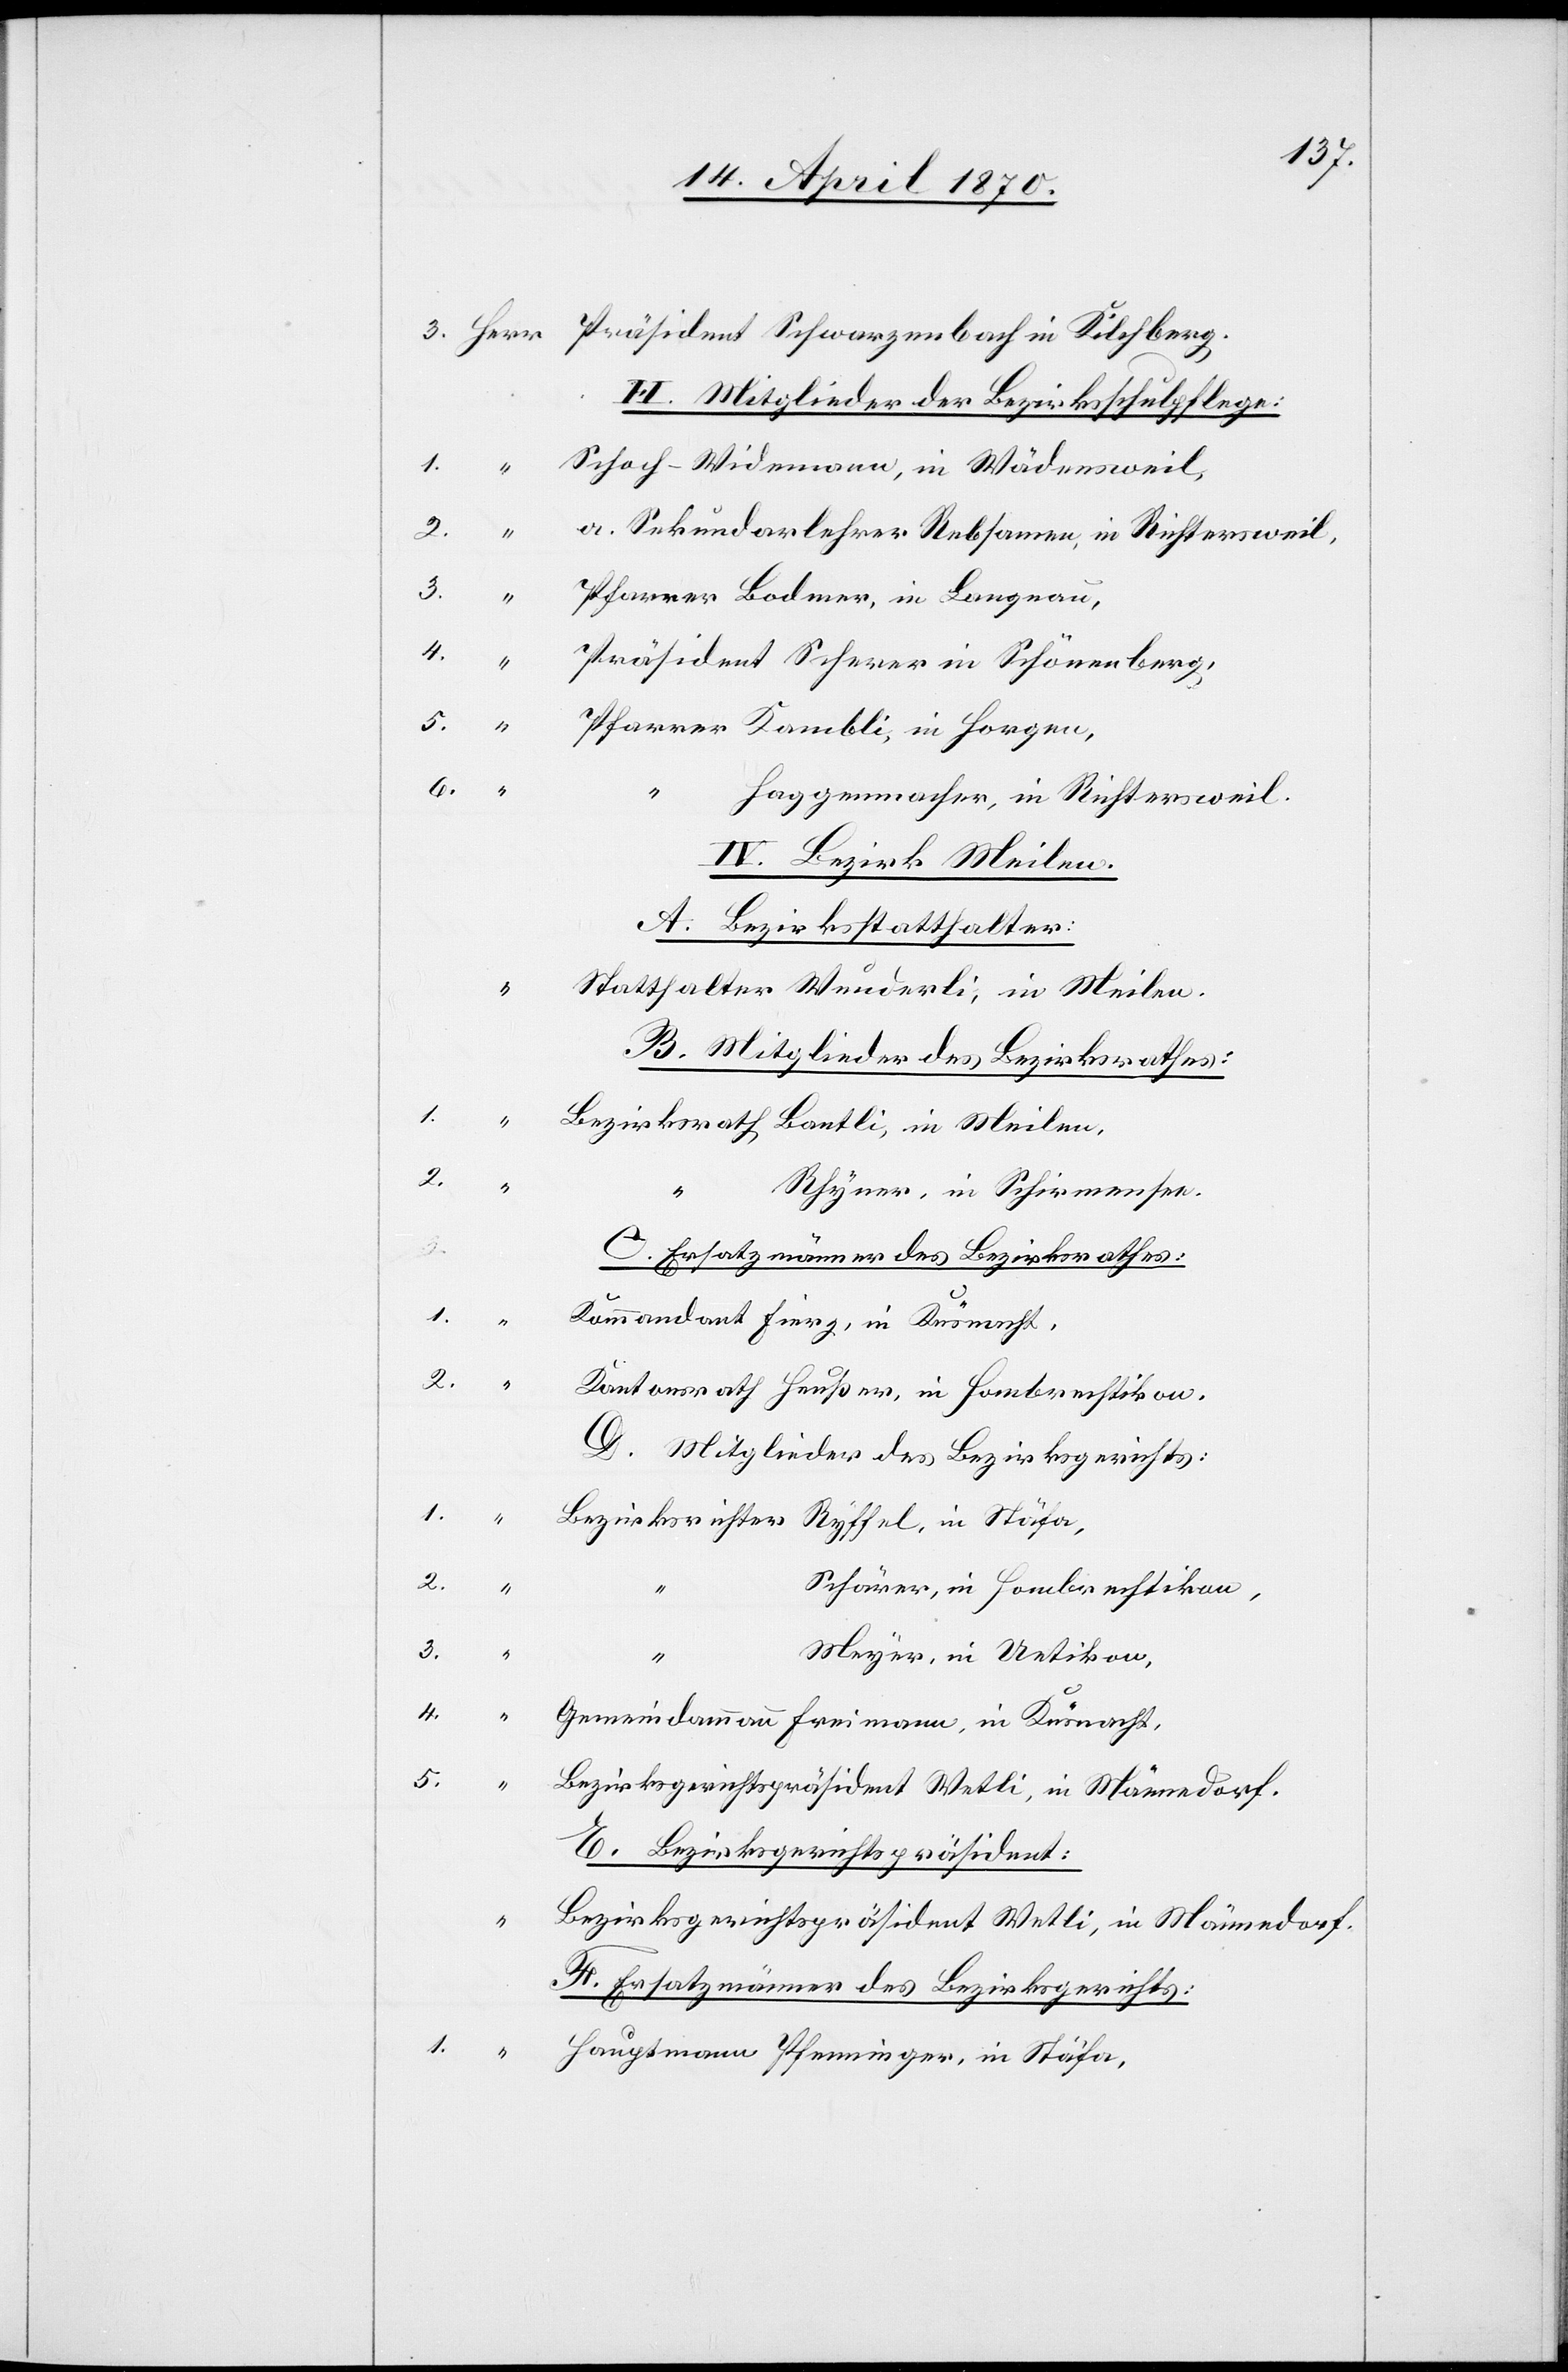
H. Mitglieder der Bezirksschulpflege:
Schoch-Widenmann, in Wädensweil,
a. Sekundarlehrer Rebsamen, in Richtersweil,
Präsident Scherer in Schönenberg,
Pfarrer Kambli, in Horgen,
1.
“
Haggenmacher, in Richtersweil.
IV. Bezirk Meilen.
A. Bezirksstatthalter:
Statthalter Wunderli, in Meilen.
B. Mitglieder des Bezirksrathes:
Bezirksrath Bantli, in Meilen,
Rhyner, in Schirmensee.
C. Ersatzmänner des Bezirksrathes.
1.
Kommandant Fierz, in Küsnacht,
2.
Kantonsrath Heußer, in Hombrechtikon.
D. Mitglieder des Bezirksgerichts:
Bezirksrichter Ryffel, in Stäfa,
Schärer, in Hombrechtikon,
2.
3.
Meyer, in Uetikon,
4.
Gemeindammann Freimann, in Küsnacht,
5.
“
Bezirksgerichtspräsident Wetli, in Männedorf.
E. Bezirksgerichtspräsident:
Bezirksgerichtspräsident Wetli, in Männedorf.
F. Ersatzmänner des Bezirksgerichts:
Hauptmann Pfenninger, in Stäfa,